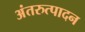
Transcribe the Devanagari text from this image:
अंतरुत्पादन